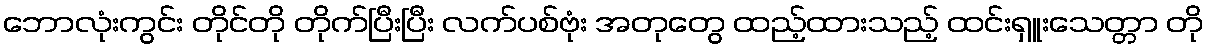
ဘောလုံးကွင်း တိုင်တို တိုက်ပြီးပြီး လက်ပစ်ဗုံး အတုတွေ ထည့်ထားသည့် ထင်းရှူးသေတ္တာ တို